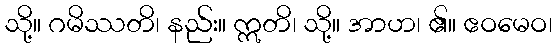
သို့။ ဂမိဿတိ၊ နည်း။ ဣတိ၊ သို့။ အာဟ၊ ၏။ ဧဝမေဝ၊